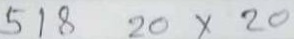
518 20 x 20